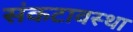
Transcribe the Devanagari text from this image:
संकटावस्था